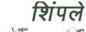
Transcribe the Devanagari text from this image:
शिंपले